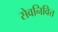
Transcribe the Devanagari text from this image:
सेवनिवित्त